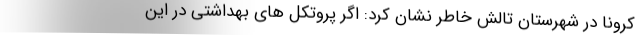
کرونا در شهرستان تالش خاطر نشان کرد: اگر پروتکل های بهداشتی در این